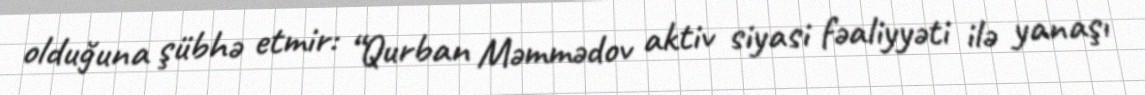
olduğuna şübhə etmir: “Qurban Məmmədov aktiv siyasi fəaliyyəti ilə yanaşı